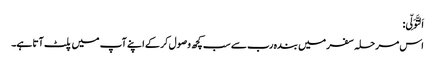
اَلتَّوَلِّی:
اس مرحلہ سفر میں بندہ رب سے سب کچھ وصول کر کے اپنے آپ میں پلٹ آتا ہے۔